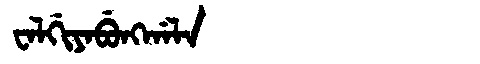
Manchu: ᠸᠠᠯᡤᡳᠶᠠᠪᡠᠩᡤᠠᠯᠠ
Romanization: WALGIYABUNGGALA